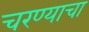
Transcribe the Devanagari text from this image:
चरण्याचा